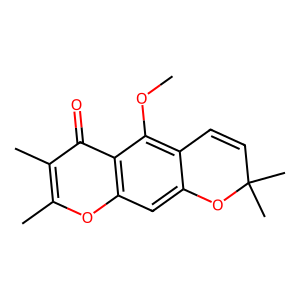
SMILES: COc1c2c(cc3oc(C)c(C)c(=O)c13)OC(C)(C)C=C2
Inhibits HIV replication: No